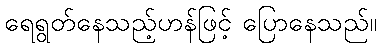
ရေရွတ်နေသည့်ဟန်ဖြင့် ပြောနေသည်။